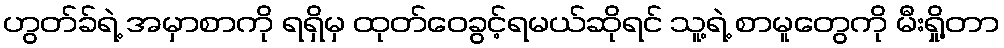
ဟွတ်ခ်ရဲ့ အမှာစာကို ရရှိမှ ထုတ်ဝေခွင့်ရမယ်ဆိုရင် သူ့ရဲ့ စာမူတွေကို မီးရှို့တာ